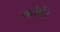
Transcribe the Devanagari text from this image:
कोर्वर